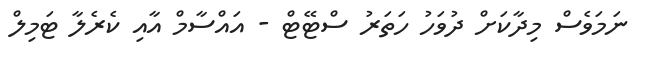
ނަމަވެސް މިދާކަށް ދުވަހު ހަތަރު ސްޓޭޓް - އައްސާމް އާއި ކެރެލާ ޓަމިލް